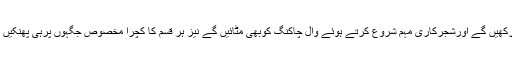
سراج قاسم تیلی نے کہاکہ تاجربرادری اپنی فیکٹریوں کے ارد گرد صفائی و ستھرائی کو برقرارکھیں گے اورشجرکاری مہم شروع کرتے ہوئے وال چاکنگ کوبھی مٹائیں گے نیز ہر قسم کا کچرا مخصوص جگہوں پرہی پھنکیں گے تاہم کے ایم سی اور مختلف ٹاوٴنز کو بھی اپنی ذمہ داریاں احسن طریقے سے نبھانا ہوں گی۔